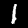
Digit: 1